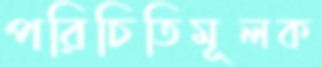
পরিচিতিমূলক